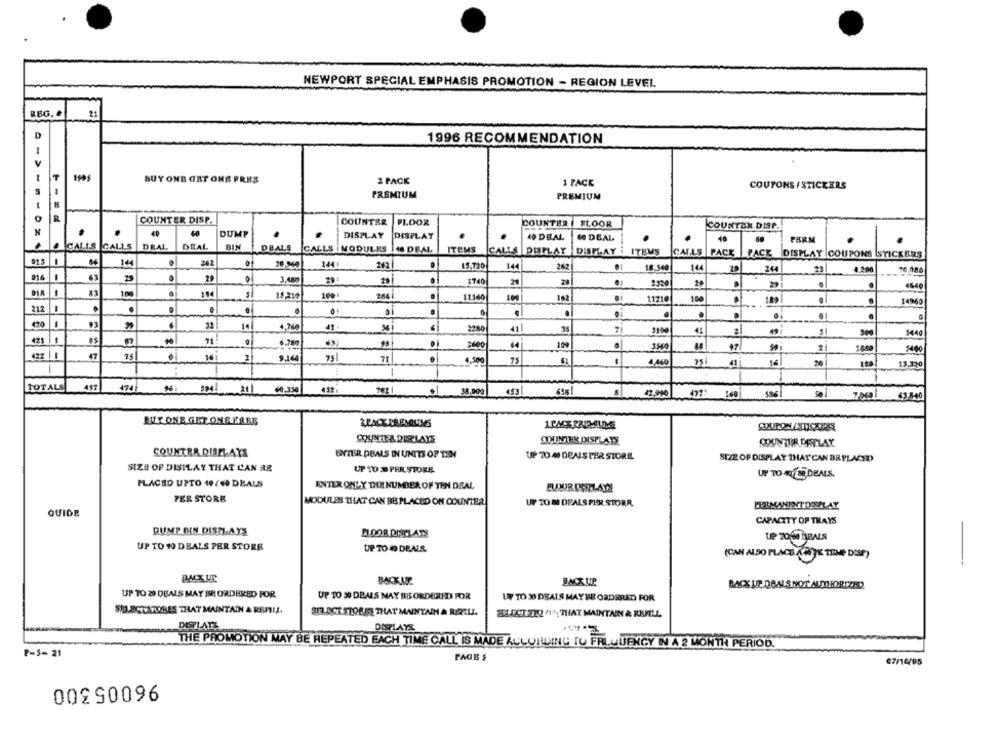
NEWPORT SPECIAL EMPHASIS PROMOTION - REGION LEVEL
BBG.
21
D
1996 RECOMMENDATION
1995
BUY ONE GAT ONE FRES
2 PACK
1 PACE
COUPONS / STICKERS
PREMIUM
PREMIUM
R
COUNTER DISP.
COUNTER
FLOOR
COUNTER
FLOOR
COUNTEN DISP.
N
40
DUMP
DISPLAY
DISPLAY
40 DBAL
60 DEAL
10
DEAL
PERM
CALLS CALLS
DEAL
BIN
DEALS CALLS MODULES 48 DEAL
ITEMS
CALLS DISPLAY
DISPLAY i
ITEMS
CALLS PACK PACE DISPLAY COUPONS STICKERS
01.5
144
Z42
20,560
144 1
262
15,720
144
262
18.540
14
28
244
4.200
23
016
63
29
3,480
1740
24
29
2320
29
.
4640
-
83
100
184
11.210
284
11160
162
100
11210
.
14960
212
-
.
.
.
.
.
420
32
14
4,760
41.
2280
41
35
3100
41
49
5440
421
$5
71
6.780
.
64
3340
97
2
$400
422
-
47
16
75
71
4,500
75
-
4.460
75
41
16
20
13,320
1
TOTALS
457
46.354
432
792 1
453
695
160
586
63.840
BUY ONE GET ONE FARE
COUPON /SUCKESS
COUNTER DIRLAYE
OHUNTER DISPLATE
COUNTER DASPLAY
COUNTER DISPLAYS
UNTER DEALS IN UNITS OF TEN
UP 70 40 DEALS PER STORE.
SIZE OF DISPLAY THAT CAN BE PLACED
SIZE OF DISPLAY THAT CAN RE
UP TO 3 PER STORE
UP TO AV 20 DEALS.
PLACED UPTO 40/40 DEALS
ENTER ONLY THE NUMBER OF TEN DEAL
PER STORE
MODULES THAT CAN BE PLACED ON COUNTER
UF 10 M DEALS PER STORR.
PERMANENT DENLAY
GUIDE
CAPACITY OF THAYS
DUMP BIN DISMI,AYS
FLOOR DISPLATS
UP TO 10 DEALS PER STORE
UP TO 40 DEALS
(CAN ALSO PLACE ANTES TERME DUSTY
PACKUP
BACKUP
BACK UP
BACK UP, DEALS NOT AUTHORIZED
UP TO 20 DEALS MAY BE ORDERED FOR
UP TO 30 DEALS MAY BE ORDERED FOR
UP TO 30 DEALS MAY BE ORDERED FOR
SI.BOTYSTORES THAT MAINTAIN A REATIA.
312 PCT STOR FE THAT MAINTAIN A RERTLI.
8.OCT.21Q #1^; THAT MAINTAIN & REMLL
DISPLAYS
THE PROMOTION MAY BE REPEATED EACH TIME CALL IS MADE ALLOHLING TO FREQUENCY IN A 2 MONTH PERIOD.
P-5-21
PAGE $
07/14/95
00990096